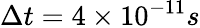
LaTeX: \Delta t=4\times 10^{-11}s